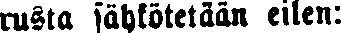
rusta sähkötetään eilen: